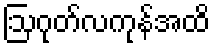
ဩဂုတ်လကုန်အထိ